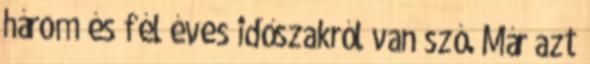
három és fél éves időszakról van szó. Már azt